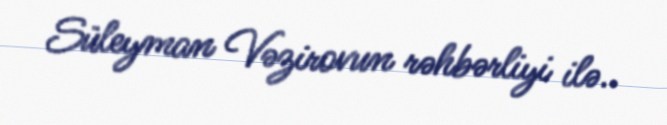
Süleyman Vəzirovun rəhbərliyi ilə..